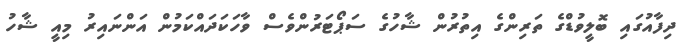
ދިފާއުގައި ބޮލީވުޑްގެ ތަރިންގެ އިތުރުން ޝާހުގެ ސަޕޯޓަރުންވެސް ވާހަކަދައްކަމުން އަންނައިރު މިއީ ޝާހު